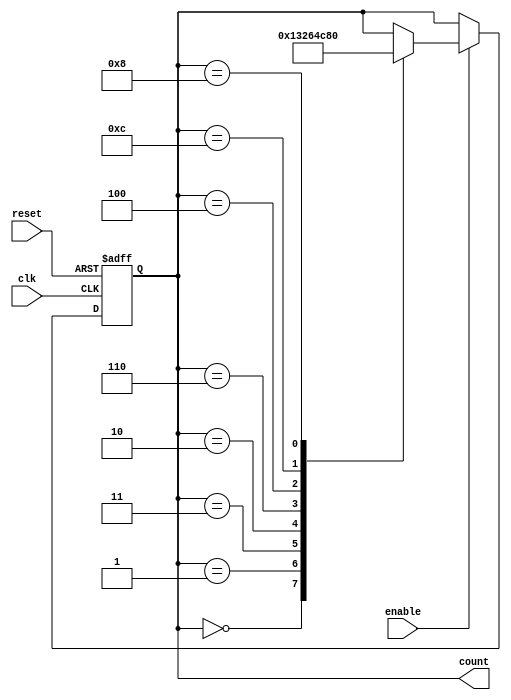
module Johnson_Counter_with_Enable(
    input wire clk,
    input wire reset,
    input wire enable,
    output reg [3:0] count
);

reg [3:0] temp;

always @(posedge clk or posedge reset) begin
    if (reset) begin
        temp <= 4'b0000;
    end else begin
        if (enable) begin
            case(temp)
                4'b0000: temp <= 4'b0001;
                4'b0001: temp <= 4'b0011;
                4'b0011: temp <= 4'b0010;
                4'b0010: temp <= 4'b0110;
                4'b0110: temp <= 4'b0100;
                4'b0100: temp <= 4'b1100;
                4'b1100: temp <= 4'b1000;
                4'b1000: temp <= 4'b0000;
            endcase
        end
    end
end

always @(*) begin
    count <= temp;
end

endmodule